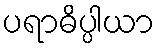
ပရာဓိပ္ပါယာ